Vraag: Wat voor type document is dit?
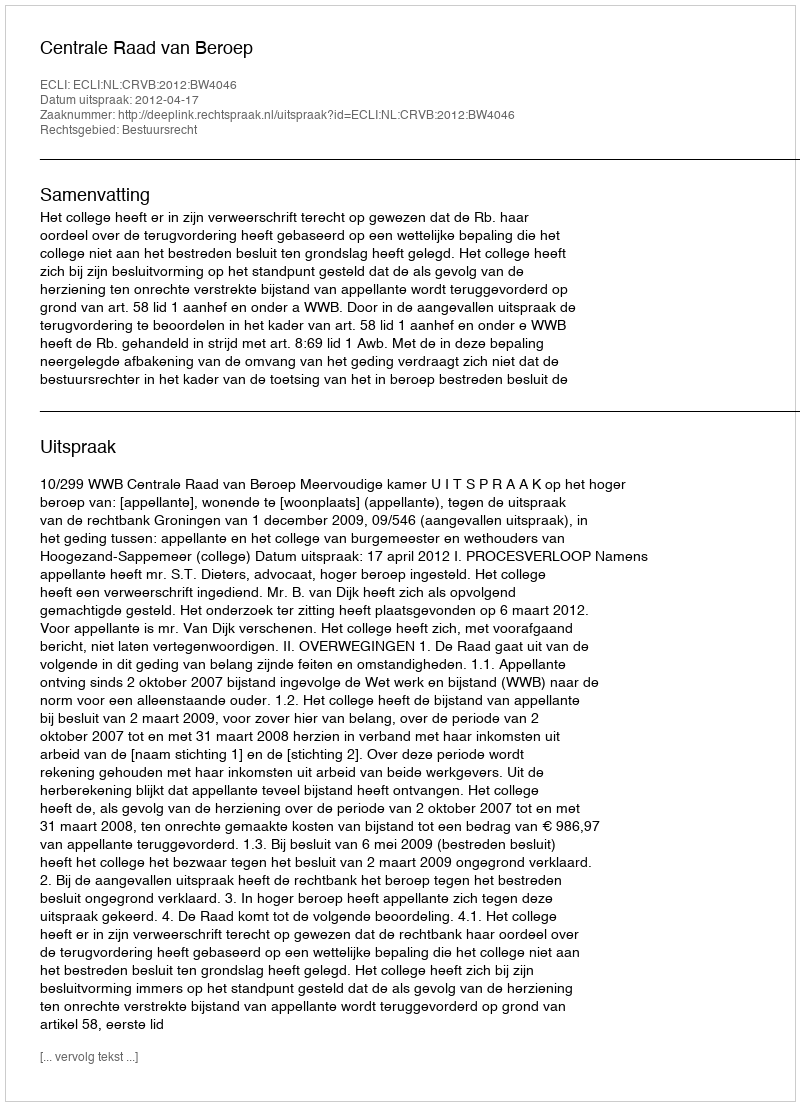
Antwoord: Uitspraak